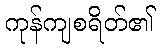
ကုန်ကျစရိတ်၏